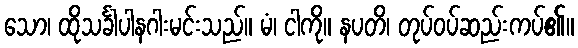
သော၊ ထိုသင်္ခါပါနဂါးမင်းသည်။ မံ၊ ငါကို။ နပတိ၊ တုပ်ဝပ်ဆည်းကပ်၏။